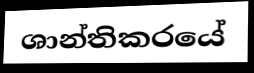
ශාන්තිකරයේ